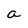
Character: a